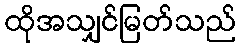
ထိုအသျှင်မြတ်သည်